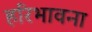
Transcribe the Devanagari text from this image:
हरिभावना